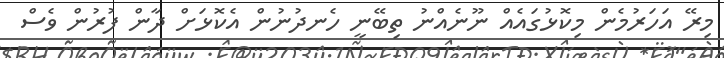
މިރޭ އަހަރުމެން މިކޮޅުގައެއް ނޫނެއްނު ތިބޭނީ ހެނދުނުން އެކޮޅަށް ދާން ފުރުން ވެސް